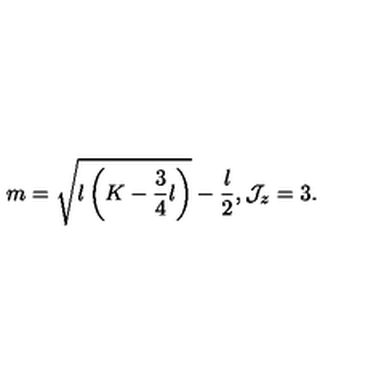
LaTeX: m = \sqrt { l \left( K - \frac { 3 } { 4 } l \right) } - \frac { l } { 2 } , { \cal J } _ { z } = 3 .